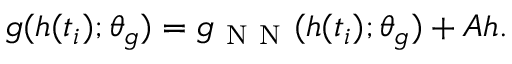
g ( h ( t _ { i } ) ; \theta _ { g } ) = g _ { \mathrm { ~ N ~ N ~ } } ( h ( t _ { i } ) ; \theta _ { g } ) + A h .